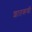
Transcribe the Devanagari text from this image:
शातकणीं